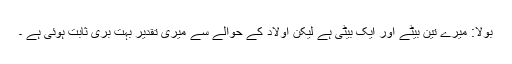
بولا: میرے تین بیٹے اور ایک بیٹی ہے لیکن اولاد کے حوالے سے میری تقدیر بہت بری ثابت ہوئی ہے ۔